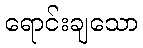
ရောင်းချသော